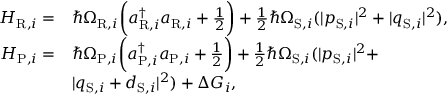
\begin{array} { r l r } { H _ { \mathrm { R } , i } = } & { \hbar \Omega _ { \mathrm { R } , i } \bigg ( a _ { \mathrm { R } , i } ^ { \dagger } a _ { \mathrm { R } , i } + \frac { 1 } { 2 } \bigg ) + \frac { 1 } { 2 } \hbar \Omega _ { \mathrm { S } , i } ( | p _ { \mathrm { S } , i } | ^ { 2 } + | q _ { \mathrm { S } , i } | ^ { 2 } ) , } & \\ { H _ { \mathrm { P } , i } = } & { \hbar \Omega _ { \mathrm { P } , i } \bigg ( a _ { \mathrm { P } , i } ^ { \dagger } a _ { \mathrm { P } , i } + \frac { 1 } { 2 } \bigg ) + \frac { 1 } { 2 } \hbar \Omega _ { \mathrm { S } , i } ( | p _ { \mathrm { S } , i } | ^ { 2 } + } & \\ & { | q _ { \mathrm { S } , i } + d _ { \mathrm { S } , i } | ^ { 2 } ) + \Delta G _ { i } , } & \end{array}